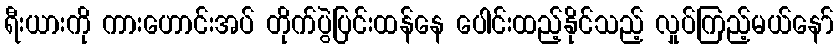
ရီးယားကို ကားဟောင်းအပ် တိုက်ပွဲပြင်းထန်နေ ပေါင်းထည့်နိုင်သည့် လှုပ်ကြည့်မယ်နော်